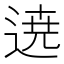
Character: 𮞚